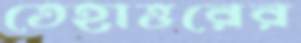
তেহাত্তরের